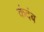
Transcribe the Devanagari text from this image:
कंदंब